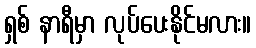
ရှစ် နာရီမှာ လုပ်ပေးနိုင်မလား။